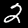
Digit: 2